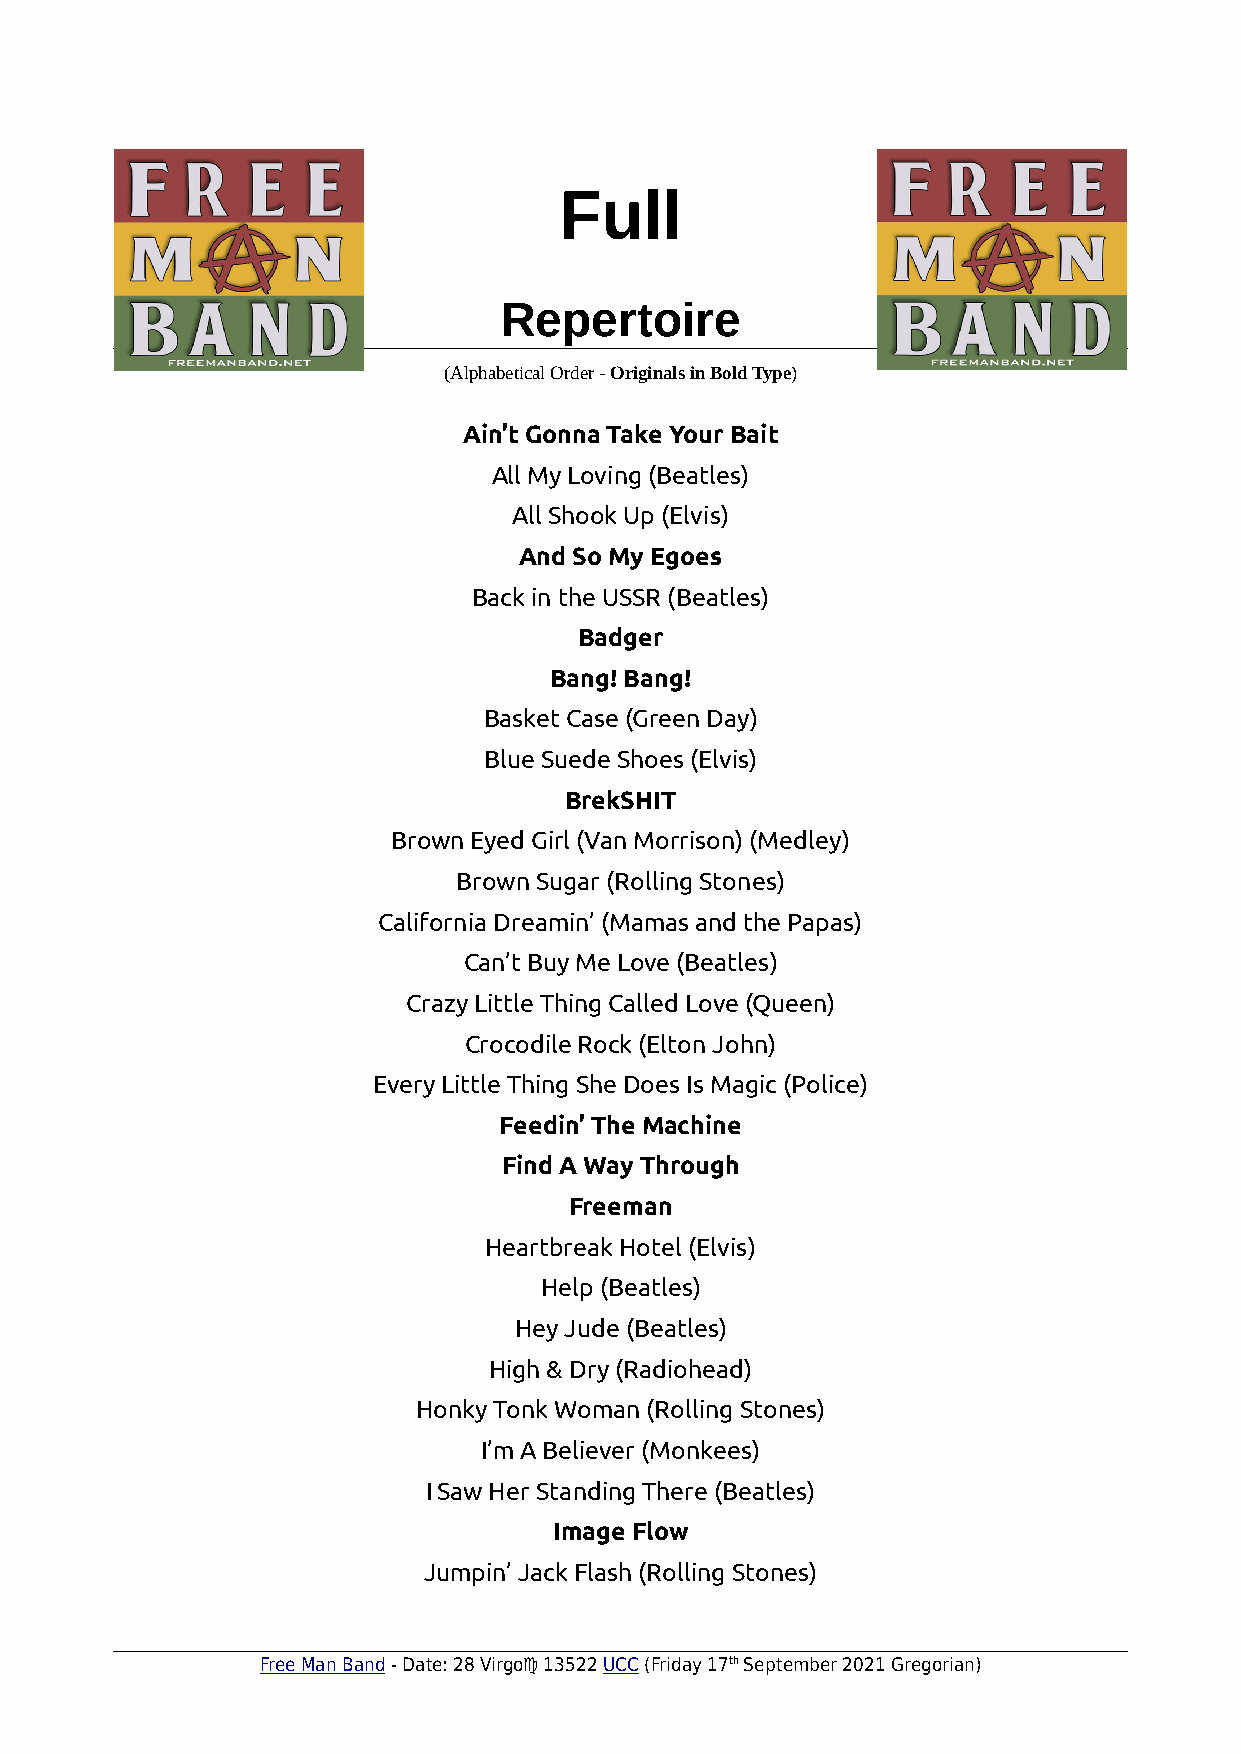
Full
 Repertoire
 (Alphabetical Order - Originals in Bold Type)
 Ain’t Gonna Take Your Bait
 All My Loving (Beatles)
 All Shook Up (Elvis)
 And So My Egoes
 Back in the USSR (Beatles)
 Badger
 Bang! Bang!
 Basket Case (Green Day)
 Blue Suede Shoes (Elvis)
 BrekSHIT
 Brown Eyed Girl (Van Morrison) (Medley)
 Brown Sugar (Rolling Stones)
 California Dreamin’ (Mamas and the Papas)
 Can’t Buy Me Love (Beatles)
 Crazy Little Thing Called Love (Queen)
 Crocodile Rock (Elton John)
 Every Little Thing She Does Is Magic (Police)
 Feedin’ The Machine
 Find A Way Through
 Freeman
 Heartbreak Hotel (Elvis)
 Help (Beatles)
 Hey Jude (Beatles)
 High & Dry (Radiohead)
 Honky Tonk Woman (Rolling Stones)
 I’m A Believer (Monkees)
 I Saw Her Standing There (Beatles)
 Image Flow
 Jumpin’ Jack Flash (Rolling Stones)
 Free Man Band - Date: 28 Virgo♍ 13522 UCC (Friday 17th September 2021 Gregorian)